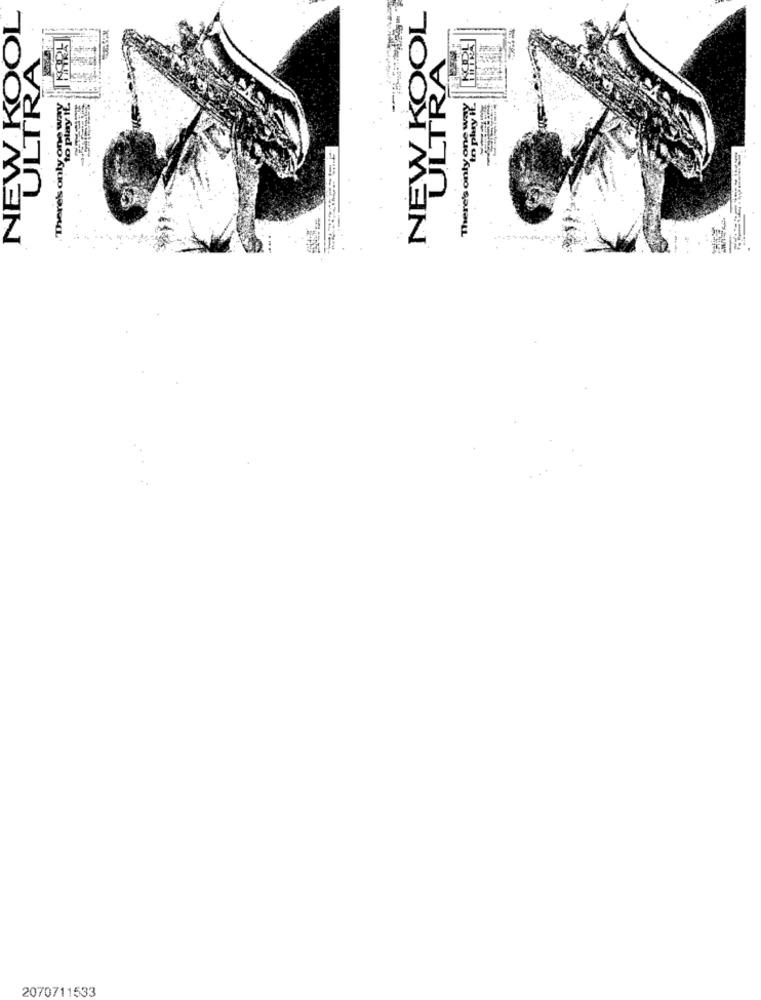
OL
NEW KOC
NEW KO
ULTRA
There's only one way
There's only one way
to play ii
to play !
2070711533